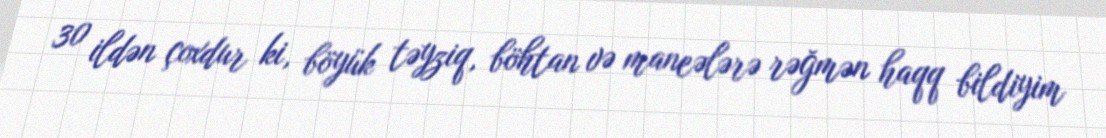
30 ildən çoxdur ki, böyük təyziq, böhtan və maneələrə rəğmən haqq bildiyim